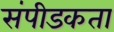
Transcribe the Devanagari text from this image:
संपीडकता